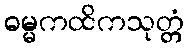
ဓမ္မကထိကသုတ္တံ